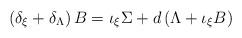
LaTeX: \begin{align*}\left(\delta_{\xi}+\delta_{\Lambda}\right) B = \iota_{\xi}\Sigma + d\left(\Lambda+ \iota_{\xi}B\right)\end{align*}